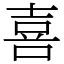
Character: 喜